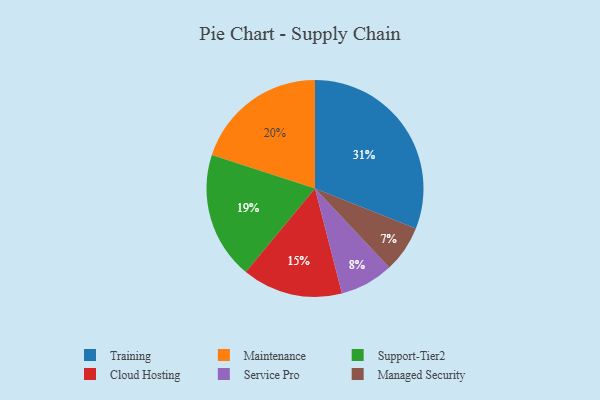
{"axis": {"x": "Category", "y": "Percentage"}, "legend": ["Cloud Hosting", "Maintenance", "Managed Security", "Service Pro", "Support-Tier2", "Training"], "data": [{"x": "Maintenance", "y": 20, "type": "Maintenance"}, {"x": "Support-Tier2", "y": 19, "type": "Support-Tier2"}, {"x": "Cloud Hosting", "y": 15, "type": "Cloud Hosting"}, {"x": "Service Pro", "y": 8, "type": "Service Pro"}, {"x": "Managed Security", "y": 7, "type": "Managed Security"}, {"x": "Training", "y": 31, "type": "Training"}]}